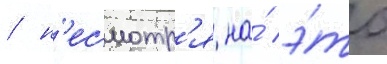
/ н'есмотр'я на́ э́то